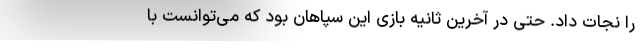
را نجات داد. حتی در آخرین ثانیه بازی این سپاهان بود که می‌توانست با